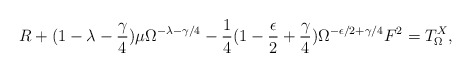
\begin{align*}R+ (1- \lambda - \frac{\gamma}{4} ) \mu \Omega^{- \lambda -\gamma /4 } - \frac{1}{4} (1 - \frac{\epsilon}{2} + \frac{\gamma}{4} ) \Omega^{-\epsilon /2 + \gamma /4} F^2 =T^{X}_{\Omega} ,\end{align*}